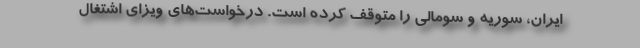
ایران، سوریه و سومالی را متوقف کرده است. درخواست‌های ویزای اشتغال